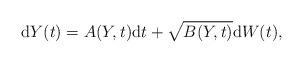
LaTeX: \begin{align*}\mathrm{d}Y(t) = A(Y,t)\mathrm{d}t + \sqrt{B(Y,t)}\mathrm{d}W(t),\end{align*}